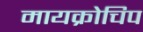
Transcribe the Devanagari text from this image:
मायक्रोचिप